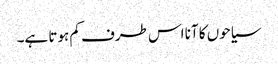
سیاحوں کا آنا اس طرف کم ہوتا ہے۔